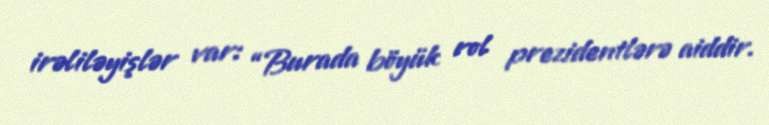
irəliləyişlər var: “Burada böyük rol prezidentlərə aiddir.